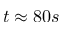
t \approx 8 0 s